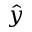
\hat { y }